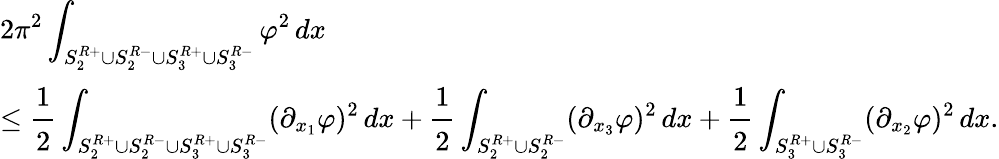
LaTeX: \begin{array}{l}{\displaystyle 2\pi^{2}\int_{S_{2}^{R+}\cup S_{2}^{R-}\cup S_{3}^{R+}\cup S_{3}^{R-}}\varphi^{2}\, dx}\\ {\displaystyle\le\cfrac{1}{2}\int_{S_{2}^{R+}\cup S_{2}^{R-}\cup S_{3}^{R+}\cup S_{3}^{R-}}(\partial_{x_{1}}\varphi)^{2}\, dx+\cfrac{1}{2}\int_{S_{2}^{R+}\cup S_{2}^{R-}}(\partial_{x_{3}}\varphi)^{2}\, dx+\cfrac{1}{2}\int_{S_{3}^{R+}\cup S_{3}^{R-}}(\partial_{x_{2}}\varphi)^{2}\, dx.}\end{array}